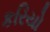
કરિયો